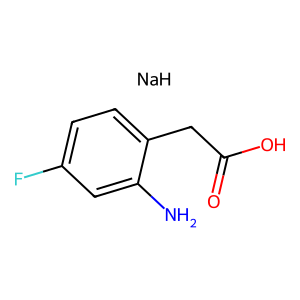
SMILES: Nc1cc(F)ccc1CC(=O)O.[NaH]
Inhibits HIV replication: No